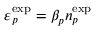
\varepsilon _ { p } ^ { \mathrm { e x p } } = \beta _ { p } n _ { p } ^ { \mathrm { e x p } }